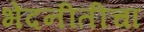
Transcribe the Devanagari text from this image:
भेदनीतीचा